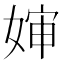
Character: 婶